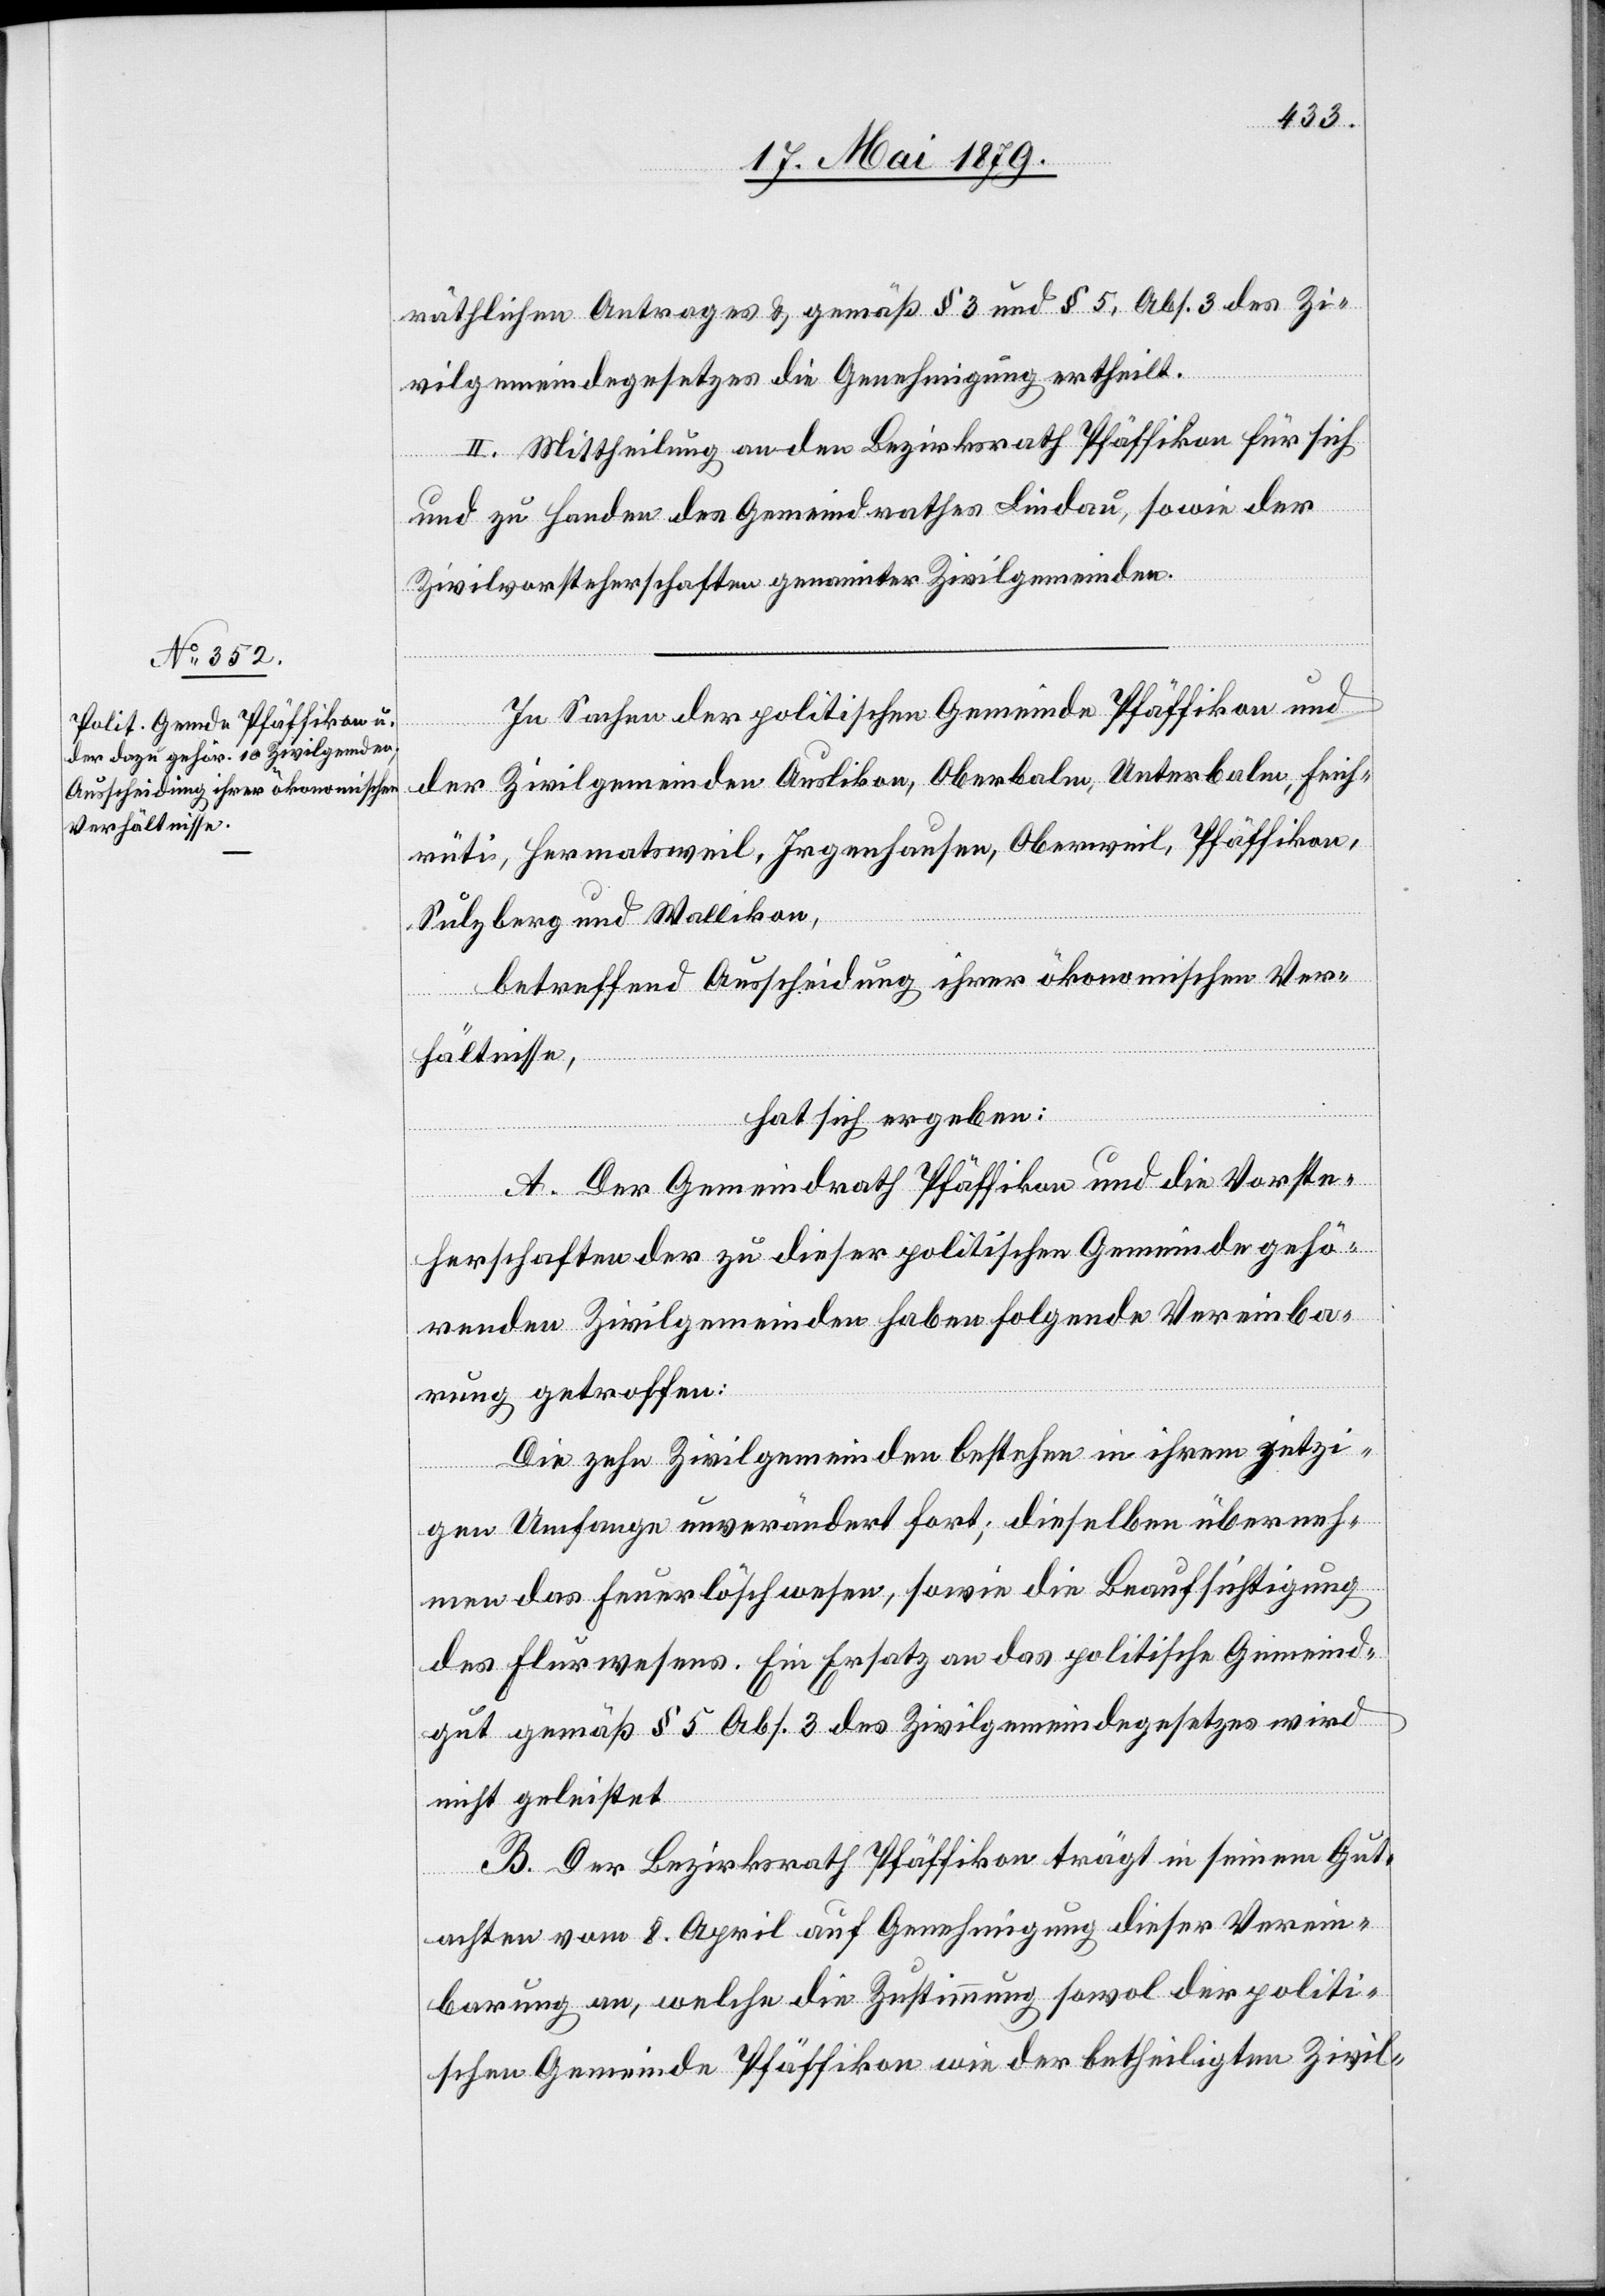
räthlichen Antrages & gemäß § 3 und § 5, Abs. 3 des Zi¬
vilgemeindegesetzes die Genehmigung ertheilt.
II. Mittheilung an den Bezirksrath Pfäffikon für sich
und zu Handen des Gemeindrathes Lindau, sowie der
Zivilvorsteherschaften genannter Zivilgemeinden.
In Sachen der politischen Gemeinde Pfäffikon und
der Zivilgemeinden Auslikon, Oberbalm, Unterbalm, Feich¬
rüti, Hermatsweil, Irgenhausen, Oberweil, Pfäffikon,
Sulzberg und Wallikon,
betreffend Ausscheidung ihrer ökonomischen Ver¬
hältnisse,
hat sich ergeben:
A. Der Gemeindrath Pfäffikon und die Vorste¬
herschaften der zu dieser politischen Gemeinde gehö¬
renden Zivilgemeinden haben folgende Vereinba¬
rung getroffen:
Die zehn Zivilgemeinden bestehen in ihrem jetzi¬
gen Umfange unverändert fort; dieselben überneh¬
men das Feuerlöschwesen, sowie die Beaufsichtigung
des Flurwesens. Ein Ersatz an das politische Gemeind¬
gut gemäß § 5 Abs. 3 des Zivilgemeindegesetzes wird
nicht geleistet.
B. Der Bezirksrath Pfäffikon trägt in seinem Gut¬
achten vom 8. April auf Genehmigung dieser Verein¬
barung an, welche die Zustimmung sowol der politi¬
schen Gemeinde Pfäffikon wie der betheiligten Zivil-